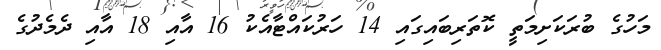
މަހުގެ ބުރަކަށިމަތީ ކޮތަރިބައިގައި 14 ހަރުކައްޓާއެކު 16 އާއި 18 އާއި ދެމެދުގެ